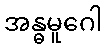
အန္ဓမူဂေါ